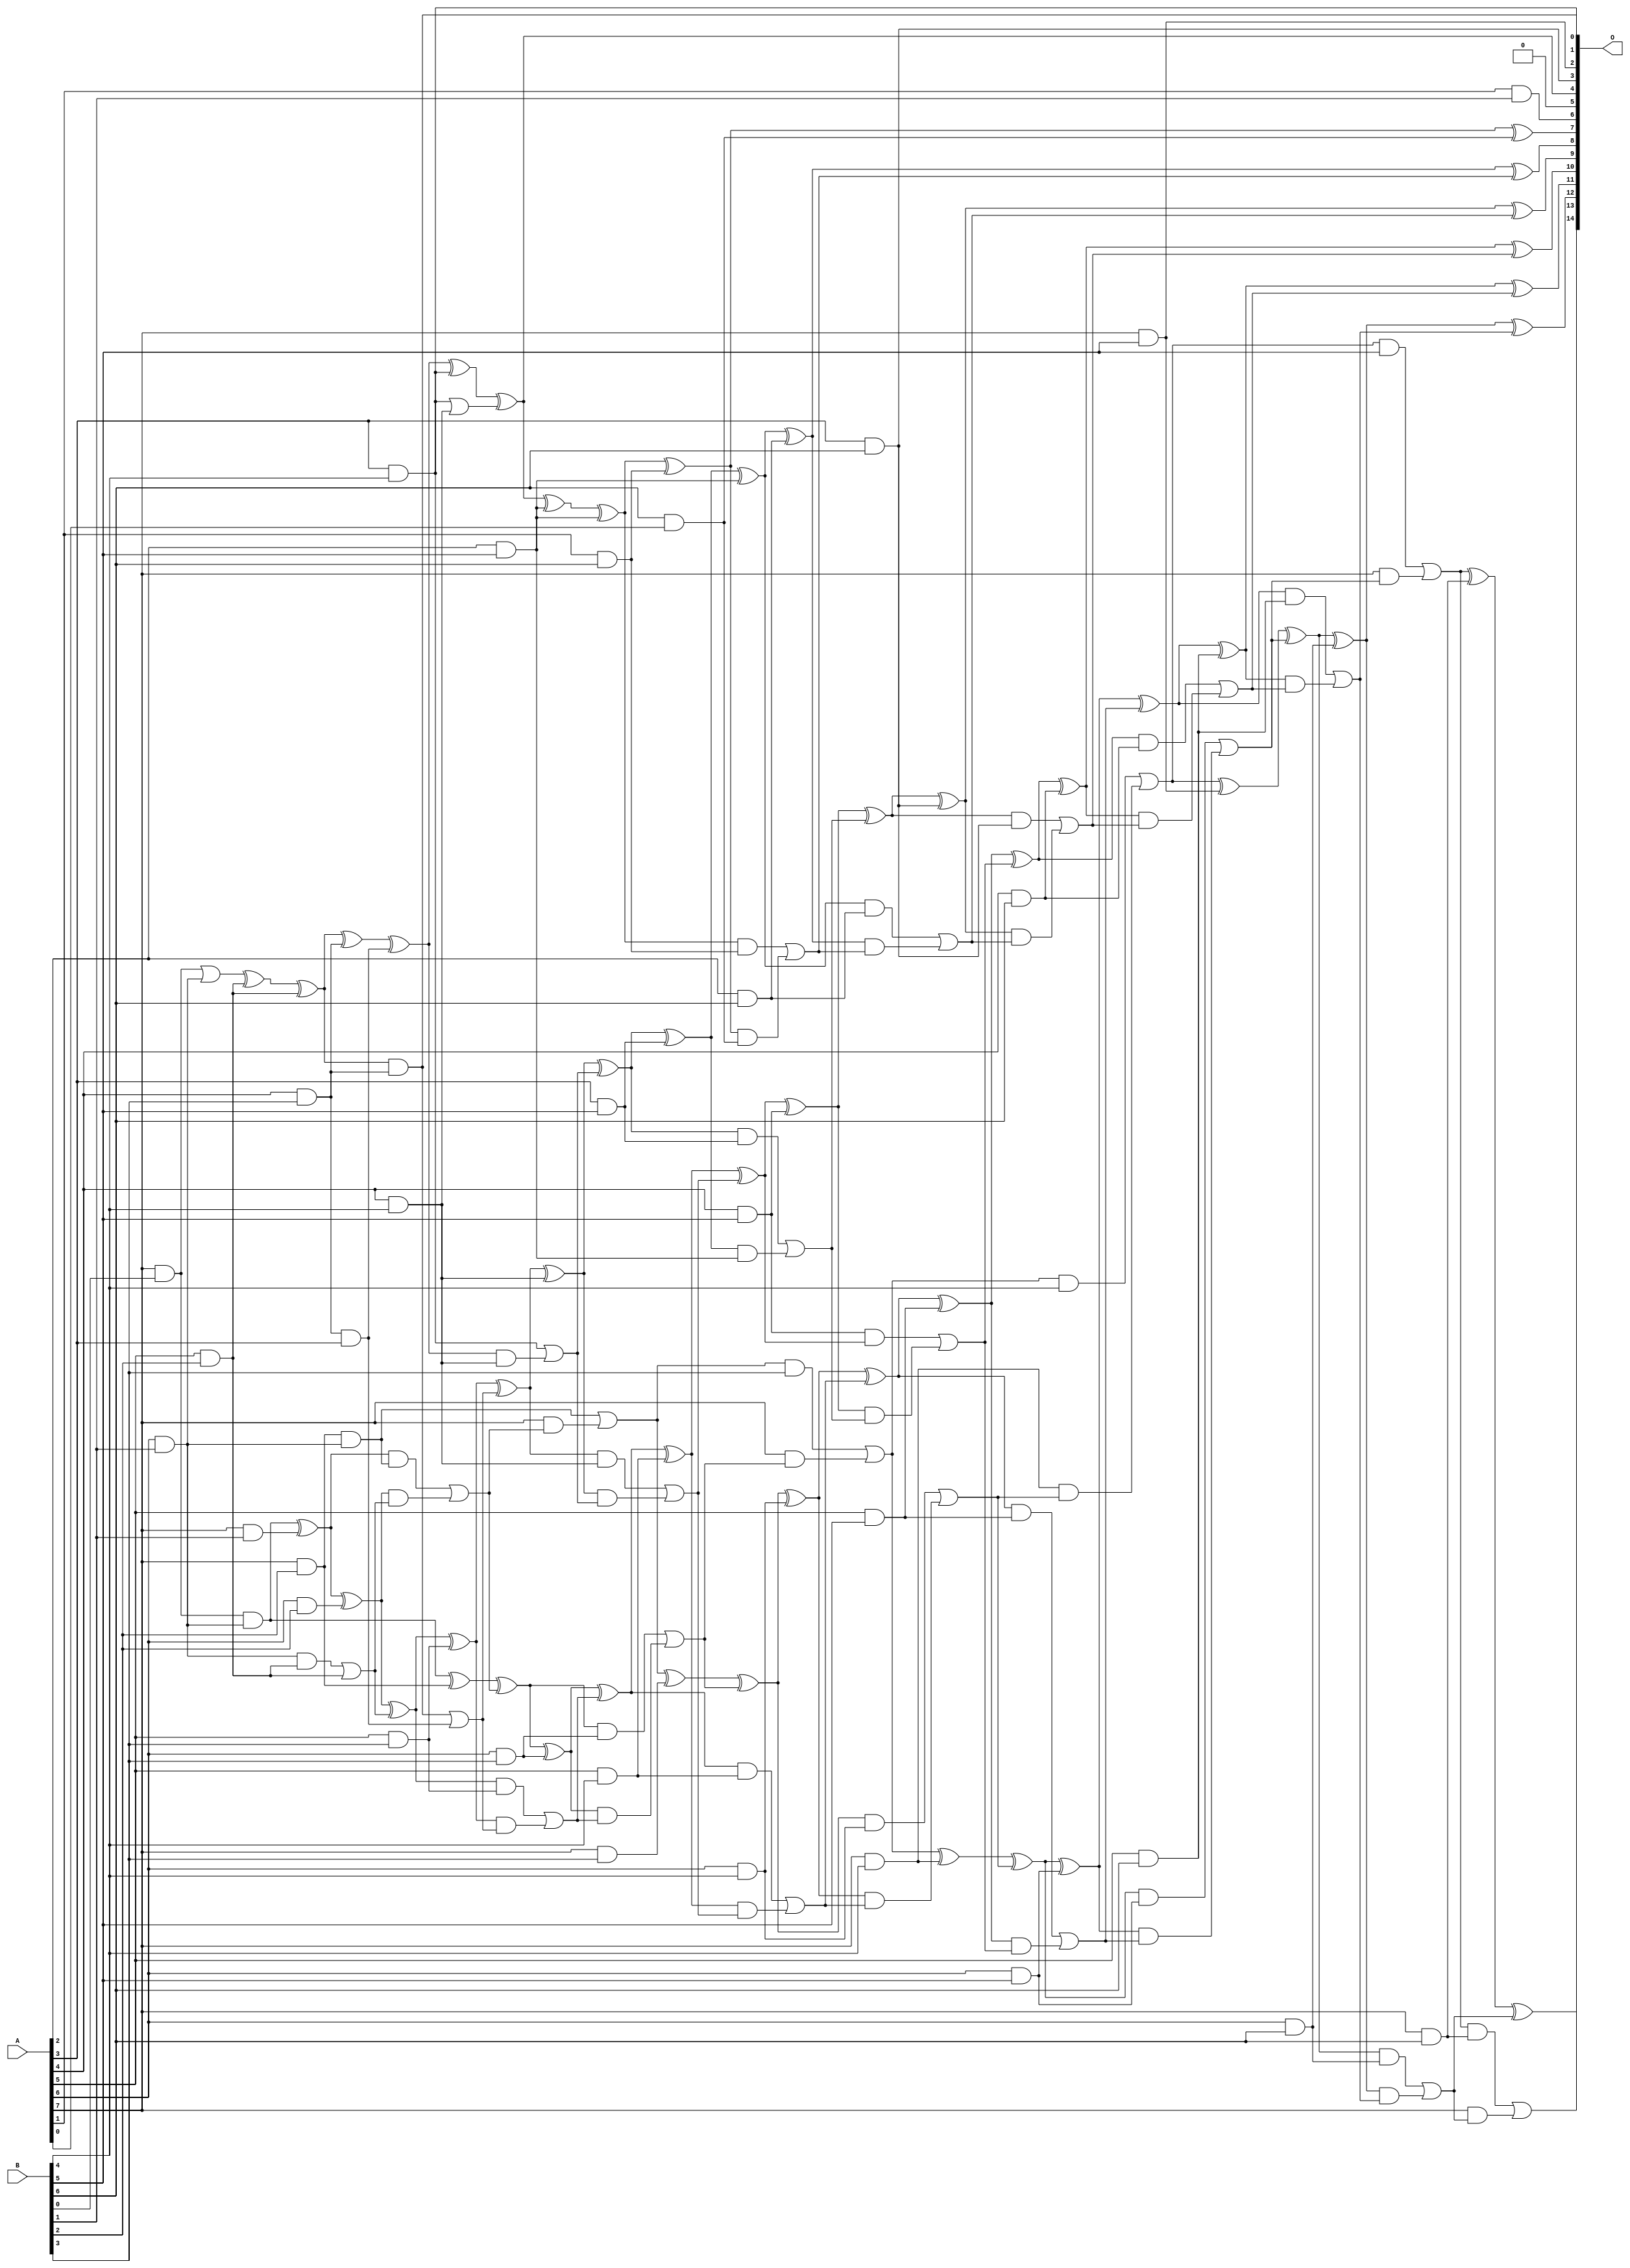
/***
* This code is a part of EvoApproxLib library (ehw.fit.vutbr.cz/approxlib) distributed under The MIT License.
* When used, please cite the following article(s): V. Mrazek, L. Sekanina, Z. Vasicek "Libraries of Approximate Circuits: Automated Design and Application in CNN Accelerators" IEEE Journal on Emerging and Selected Topics in Circuits and Systems, Vol 10, No 4, 2020 
* This file contains a circuit from a sub-set of pareto optimal circuits with respect to the pwr and wce parameters
***/
// MAE% = 0.22 %
// MAE = 72 
// WCE% = 0.92 %
// WCE = 303 
// WCRE% = 1500.00 %
// EP% = 97.83 %
// MRE% = 5.13 %
// MSE = 8076 
// PDK45_PWR = 0.172 mW
// PDK45_AREA = 385.8 um2
// PDK45_DELAY = 1.31 ns

module mul8x7u_4DP (
    A,
    B,
    O
);

input [7:0] A;
input [6:0] B;
output [14:0] O;

wire sig_22,sig_29,sig_30,sig_45,sig_58,sig_59,sig_64,sig_70,sig_71,sig_72,sig_89,sig_95,sig_96,sig_98,sig_99,sig_100,sig_101,sig_102,sig_103,sig_104;
wire sig_105,sig_107,sig_108,sig_109,sig_113,sig_114,sig_115,sig_116,sig_117,sig_131,sig_135,sig_136,sig_138,sig_139,sig_140,sig_141,sig_142,sig_143,sig_144,sig_145;
wire sig_146,sig_147,sig_148,sig_149,sig_150,sig_151,sig_152,sig_153,sig_154,sig_158,sig_159,sig_160,sig_161,sig_162,sig_170,sig_175,sig_177,sig_178,sig_179,sig_180;
wire sig_181,sig_182,sig_183,sig_184,sig_185,sig_186,sig_187,sig_188,sig_189,sig_190,sig_191,sig_192,sig_193,sig_194,sig_195,sig_196,sig_197,sig_198,sig_199,sig_202;
wire sig_203,sig_204,sig_205,sig_206,sig_207,sig_212,sig_215,sig_218,sig_220,sig_221,sig_222,sig_223,sig_224,sig_225,sig_227,sig_228,sig_229,sig_230,sig_231,sig_232;
wire sig_233,sig_234,sig_235,sig_236,sig_237,sig_238,sig_239,sig_240,sig_241,sig_242,sig_243,sig_244,sig_246,sig_247,sig_248,sig_249,sig_250,sig_251,sig_252,sig_253;
wire sig_255,sig_256,sig_257,sig_258,sig_259,sig_260,sig_261,sig_262,sig_263,sig_264,sig_265,sig_266,sig_267,sig_268,sig_269,sig_270,sig_271,sig_272,sig_273,sig_274;
wire sig_275,sig_276,sig_277,sig_278,sig_279,sig_280,sig_281,sig_282,sig_283,sig_284,sig_285,sig_286,sig_287,sig_288,sig_289;

assign sig_22 = A[7] & B[0];
assign sig_29 = A[6] & B[1];
assign sig_30 = A[7] & B[1];
assign sig_45 = B[1] & A[6];
assign sig_58 = sig_22 | sig_29;
assign sig_59 = sig_22 & sig_45;
assign sig_64 = sig_59 ^ sig_30;
assign sig_70 = A[5] & B[2];
assign sig_71 = A[6] & B[2];
assign sig_72 = A[7] & B[2];
assign sig_89 = sig_72 & sig_45;
assign sig_95 = sig_58 ^ sig_70;
assign sig_96 = sig_29 & sig_70;
assign sig_98 = sig_95 ^ sig_70;
assign sig_99 = sig_96 | sig_70;
assign sig_100 = sig_64 ^ sig_71;
assign sig_101 = sig_64 & sig_89;
assign sig_102 = sig_100 & sig_99;
assign sig_103 = sig_100 ^ sig_99;
assign sig_104 = sig_101 | sig_102;
assign sig_105 = sig_59 ^ sig_72;
assign sig_107 = A[7] & sig_104;
assign sig_108 = sig_105 ^ sig_104;
assign sig_109 = sig_89 | sig_107;
assign sig_113 = A[1] & B[1];
assign sig_114 = A[4] & B[3];
assign sig_115 = A[5] & B[3];
assign sig_116 = A[6] & B[3];
assign sig_117 = A[7] & B[3];
assign sig_131 = sig_114 & A[3];
assign sig_135 = sig_98 ^ sig_114;
assign sig_136 = sig_98 & sig_114;
assign sig_138 = sig_135 ^ sig_131;
assign sig_139 = sig_136 | sig_131;
assign sig_140 = sig_103 ^ sig_115;
assign sig_141 = sig_103 & sig_115;
assign sig_142 = sig_140 & sig_139;
assign sig_143 = sig_140 ^ sig_139;
assign sig_144 = sig_141 | sig_142;
assign sig_145 = sig_108 ^ sig_116;
assign sig_146 = sig_108 & sig_116;
assign sig_147 = sig_145 & sig_144;
assign sig_148 = sig_145 ^ sig_144;
assign sig_149 = sig_146 | sig_147;
assign sig_150 = sig_109 ^ sig_117;
assign sig_151 = sig_109 & B[3];
assign sig_152 = A[7] & sig_149;
assign sig_153 = sig_150 ^ sig_149;
assign sig_154 = sig_151 | sig_152;
assign sig_158 = A[3] & B[4];
assign sig_159 = A[4] & B[4];
assign sig_160 = A[5] & B[4];
assign sig_161 = A[6] & B[4];
assign sig_162 = A[7] & B[4];
assign sig_170 = sig_158 | sig_159;
assign sig_175 = sig_138 ^ sig_158;
assign sig_177 = sig_138 & sig_159;
assign sig_178 = sig_175 ^ sig_170;
assign sig_179 = sig_158 | sig_177;
assign sig_180 = sig_143 ^ sig_159;
assign sig_181 = sig_143 & sig_159;
assign sig_182 = sig_180 & sig_179;
assign sig_183 = sig_180 ^ sig_179;
assign sig_184 = sig_181 | sig_182;
assign sig_185 = sig_148 ^ sig_160;
assign sig_186 = sig_148 & sig_160;
assign sig_187 = sig_185 & sig_184;
assign sig_188 = sig_185 ^ sig_184;
assign sig_189 = sig_186 | sig_187;
assign sig_190 = sig_153 ^ sig_161;
assign sig_191 = sig_153 & sig_161;
assign sig_192 = sig_190 & sig_189;
assign sig_193 = sig_190 ^ sig_189;
assign sig_194 = sig_191 | sig_192;
assign sig_195 = sig_154 ^ sig_162;
assign sig_196 = sig_154 & B[4];
assign sig_197 = sig_162 & sig_194;
assign sig_198 = sig_195 ^ sig_194;
assign sig_199 = sig_196 | sig_197;
assign sig_202 = A[2] & B[5];
assign sig_203 = A[3] & B[5];
assign sig_204 = A[4] & B[5];
assign sig_205 = A[5] & B[5];
assign sig_206 = A[6] & B[5];
assign sig_207 = A[7] & B[5];
assign sig_212 = sig_204 & sig_188;
assign sig_215 = sig_178 ^ sig_202;
assign sig_218 = sig_215 ^ sig_202;
assign sig_220 = sig_183 ^ sig_203;
assign sig_221 = sig_183 & sig_203;
assign sig_222 = sig_220 & sig_202;
assign sig_223 = sig_220 ^ sig_202;
assign sig_224 = sig_221 | sig_222;
assign sig_225 = sig_188 ^ sig_204;
assign sig_227 = sig_225 & sig_224;
assign sig_228 = sig_225 ^ sig_224;
assign sig_229 = sig_212 | sig_227;
assign sig_230 = sig_193 ^ sig_205;
assign sig_231 = sig_193 & sig_205;
assign sig_232 = sig_230 & sig_229;
assign sig_233 = sig_230 ^ sig_229;
assign sig_234 = sig_231 | sig_232;
assign sig_235 = sig_198 ^ sig_206;
assign sig_236 = sig_198 & sig_206;
assign sig_237 = sig_235 & sig_234;
assign sig_238 = sig_235 ^ sig_234;
assign sig_239 = sig_236 | sig_237;
assign sig_240 = sig_199 ^ sig_207;
assign sig_241 = sig_199 & B[5];
assign sig_242 = A[7] & sig_239;
assign sig_243 = sig_240 ^ sig_239;
assign sig_244 = sig_241 | sig_242;
assign sig_246 = A[1] & B[6];
assign sig_247 = A[2] & B[6];
assign sig_248 = A[3] & B[6];
assign sig_249 = A[4] & B[6];
assign sig_250 = A[5] & B[6];
assign sig_251 = A[6] & B[6];
assign sig_252 = A[7] & B[6];
assign sig_253 = B[6] & A[0];
assign sig_255 = sig_218 ^ sig_246;
assign sig_256 = sig_218 & sig_246;
assign sig_257 = sig_255 & sig_253;
assign sig_258 = sig_255 ^ sig_253;
assign sig_259 = sig_256 | sig_257;
assign sig_260 = sig_223 ^ sig_247;
assign sig_261 = sig_223 & sig_247;
assign sig_262 = sig_260 & sig_259;
assign sig_263 = sig_260 ^ sig_259;
assign sig_264 = sig_261 | sig_262;
assign sig_265 = sig_228 ^ sig_248;
assign sig_266 = sig_228 & sig_248;
assign sig_267 = sig_265 & sig_264;
assign sig_268 = sig_265 ^ sig_264;
assign sig_269 = sig_266 | sig_267;
assign sig_270 = sig_233 ^ sig_249;
assign sig_271 = sig_233 & sig_249;
assign sig_272 = sig_270 & sig_269;
assign sig_273 = sig_270 ^ sig_269;
assign sig_274 = sig_271 | sig_272;
assign sig_275 = sig_238 ^ sig_250;
assign sig_276 = sig_238 & sig_250;
assign sig_277 = sig_275 & sig_274;
assign sig_278 = sig_275 ^ sig_274;
assign sig_279 = sig_276 | sig_277;
assign sig_280 = sig_243 ^ sig_251;
assign sig_281 = sig_243 & sig_251;
assign sig_282 = sig_280 & sig_279;
assign sig_283 = sig_280 ^ sig_279;
assign sig_284 = sig_281 | sig_282;
assign sig_285 = sig_244 ^ sig_252;
assign sig_286 = sig_244 & sig_252;
assign sig_287 = A[7] & sig_284;
assign sig_288 = sig_285 ^ sig_284;
assign sig_289 = sig_286 | sig_287;

assign O[14] = sig_289;
assign O[13] = sig_288;
assign O[12] = sig_283;
assign O[11] = sig_278;
assign O[10] = sig_273;
assign O[9] = sig_268;
assign O[8] = sig_263;
assign O[7] = sig_258;
assign O[6] = sig_113;
assign O[5] = 1'b0;
assign O[4] = sig_178;
assign O[3] = sig_248;
assign O[2] = sig_207;
assign O[1] = sig_136;
assign O[0] = sig_158;

endmodule